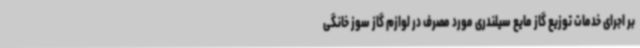
بر اجرای خدمات توزیع گاز مایع سیلندری مورد مصرف در لوازم گاز سوز خانگی